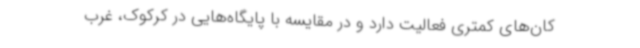
کان‌های کمتری فعالیت دارد و در مقایسه با پایگاه‌هایی در کرکوک، غرب